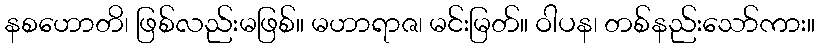
နစဟောတိ၊ ဖြစ်လည်းမဖြစ်။ မဟာရာဇ၊ မင်းမြတ်။ ဝါပန၊ တစ်နည်းသော်ကား။